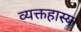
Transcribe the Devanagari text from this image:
व्यक्तहास्य